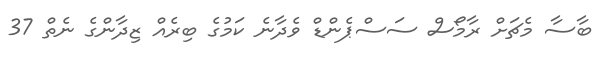
ބާސާ މެޗަށް ރާމޯސް ސަސްޕެންޑް ވެދާނެ ކަމުގެ ބިރެއް ޒިދާންގެ ނެތް 37